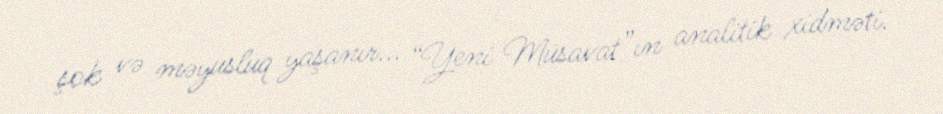
şok və məyusluq yaşanır... “Yeni Müsavat”ın analitik xidməti.